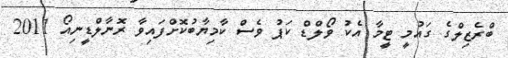
ބްރެޒިލްގެ ގައުމީ ޓީމާ އެކު ވޯލްޑް ކަޕު ވެސް ކާމިޔާބުކޮށްފައިވާ ރޮނާލްޑީނިއޯ 2011